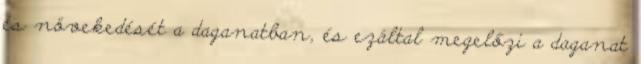
és növekedését a daganatban, és ezáltal megelőzi a daganat